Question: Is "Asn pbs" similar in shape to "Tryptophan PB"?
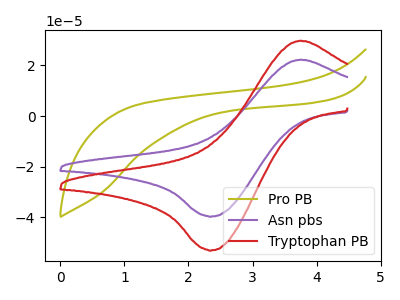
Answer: <think>The olive curve "Pro PB" has no peaks. The purple curve "Asn pbs" has an anodic peak at (3.75V, 22.20uA) and a cathodic peak at (2.35V, -39.60uA). The red curve "Tryptophan PB" has an anodic peak at (3.75V, 29.70uA) and a cathodic peak at (2.35V, -52.95uA).
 All the peaks in "Asn pbs" have a peak in "Tryptophan PB" at the same potential. Every peak in "Asn pbs" is lower than every peak in "Tryptophan PB".</think>
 <answer>"Asn pbs" and "Tryptophan PB" are similar in shape.</answer>
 <eval>same_shape</eval>